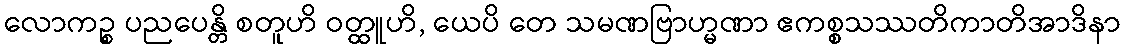
လောကဉ္စ ပညပေန္တိ စတူဟိ ဝတ္ထူဟိ, ယေပိ တေ သမဏဗြာဟ္မဏာ ဧကစ္စသဿတိကာတိအာဒိနာ